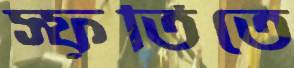
স্ফূর্তিতে